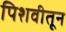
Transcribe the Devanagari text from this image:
पिशवीतून